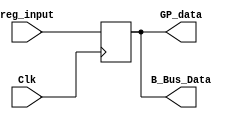
`timescale 1ns / 1ps

module IR_Register(
			reg_input,
			Clk,
			GP_data,
			B_Bus_Data
    );
	 
input [7:0] reg_input;
input Clk;
output reg [7:0] GP_data;
output [7:0] B_Bus_Data;

assign B_Bus_Data=GP_data;


always @(posedge Clk)
		begin
			GP_data=reg_input;
		end
initial
		begin
		GP_data=8'b0;
		end


endmodule